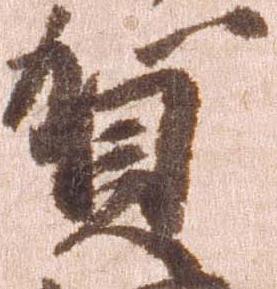
賀